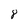
Character: 8